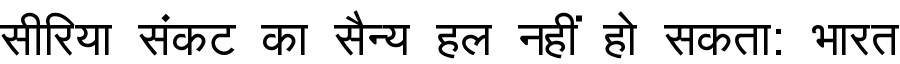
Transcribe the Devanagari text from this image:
सीरिया संकट का सैन्य हल नहीं हो सकता: भारत